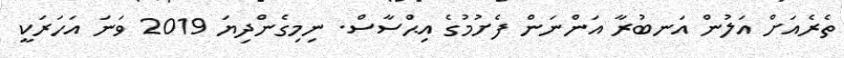
ތެރެއަށް އަލުން އަނބުރާ އަންނަން ފެށުމުގެ އިޙްސާސް. ނިމިގެންދިޔަ 2019 ވަނަ އަހަރަކީ